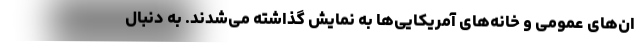
ان‌های عمومی و خانه‌های آمریکایی‌ها به نمایش گذاشته می‌شدند. به دنبال